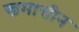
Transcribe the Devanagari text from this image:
खमासीन